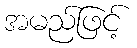
အမည်ဖြင့်